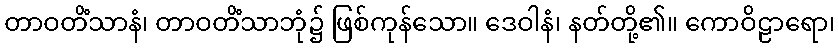
တာဝတိံသာနံ၊ တာဝတိံသာဘုံ၌ ဖြစ်ကုန်သော။ ဒေဝါနံ၊ နတ်တို့၏။ ကောဝိဠာရော၊